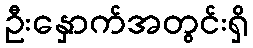
ဦးနှောက်အတွင်းရှိ